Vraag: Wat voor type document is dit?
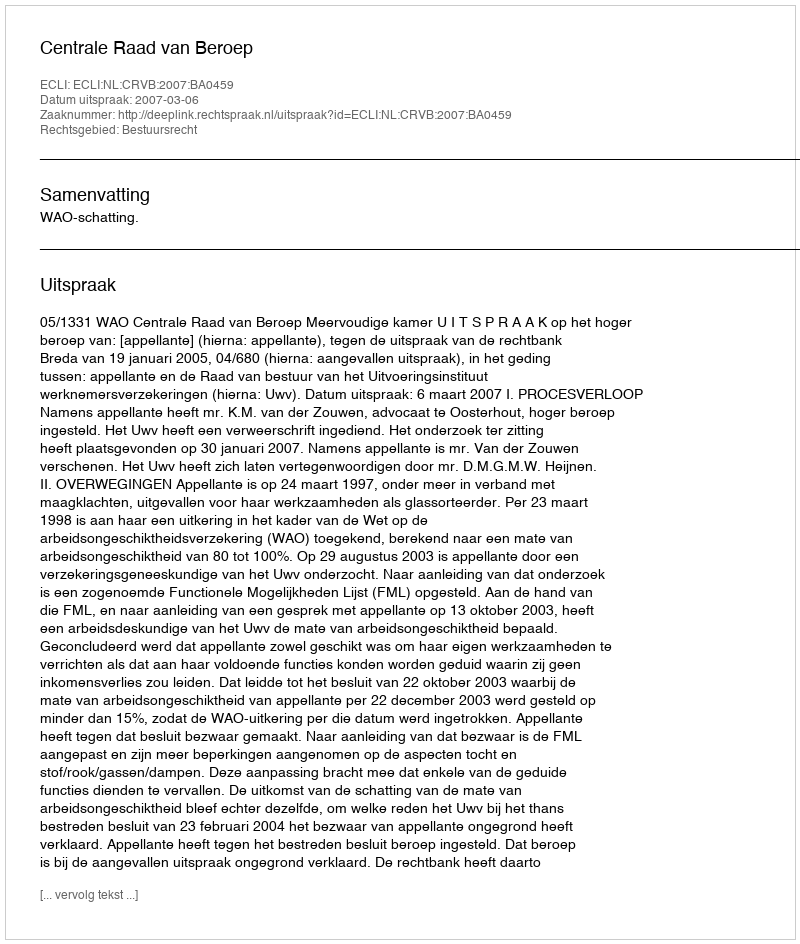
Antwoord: Uitspraak